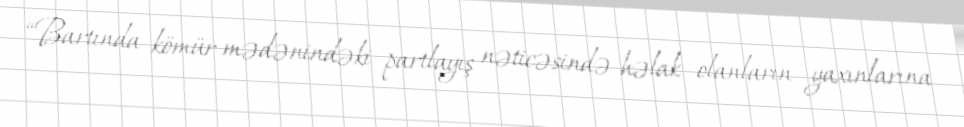
“Bartında kömür mədənindəki partlayış nəticəsində həlak olanların yaxınlarına